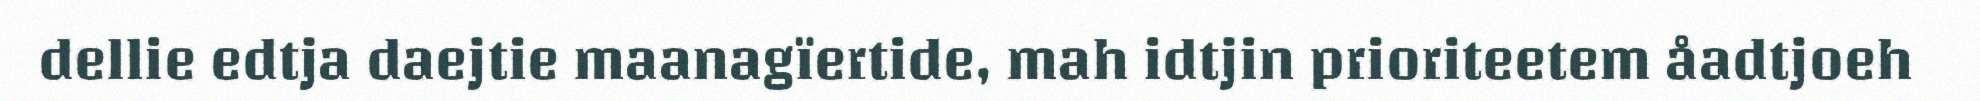
dellie edtja daejtie maanagïertide, mah idtjin prioriteetem åadtjoeh